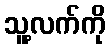
သူ့လက်ကို